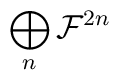
\bigoplus_n {\cal F}^{2n}